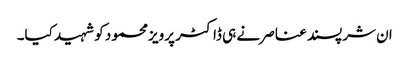
ان شرپسند عناصر نے ہی ڈاکٹر پرویز محمود کو شہید کیا۔